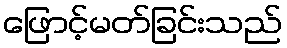
ဖြောင့်မတ်ခြင်းသည်